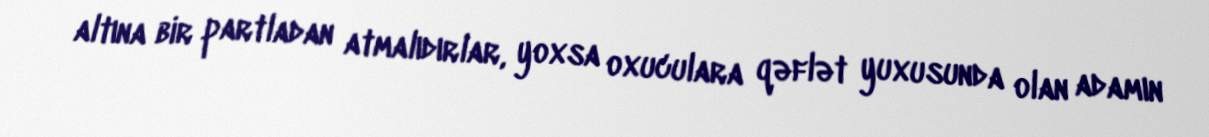
altına bir partladan atmalıdırlar, yoxsa oxuculara qəflət yuxusunda olan adamın